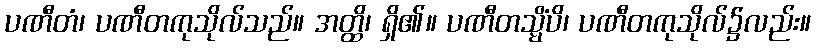
ပဏီတံ၊ ပဏီတကုသိုလ်သည်။ အတ္ထိ၊ ရှိ၏။ ပဏီတသ္မိံပိ၊ ပဏီတကုသိုလ်၌လည်း။